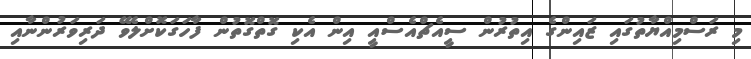
މި ރަސްމިއްޔާތުގައި ޒައިންގެ އިތުރުން ސީއެޗްއެސްއީ އިން އެކި ގޮތްގޮތުން ފާހަގަކޮށްލެވޭ ދަރިވަރުންނާއި